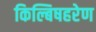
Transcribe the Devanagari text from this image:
किल्बिषहरेण